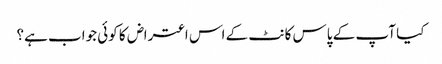
کیا آپ کے پاس کانٹ کے اس اعتراض کا کوئی جواب ہے؟